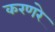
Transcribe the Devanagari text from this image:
करणरे